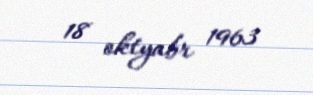
18 oktyabr 1963